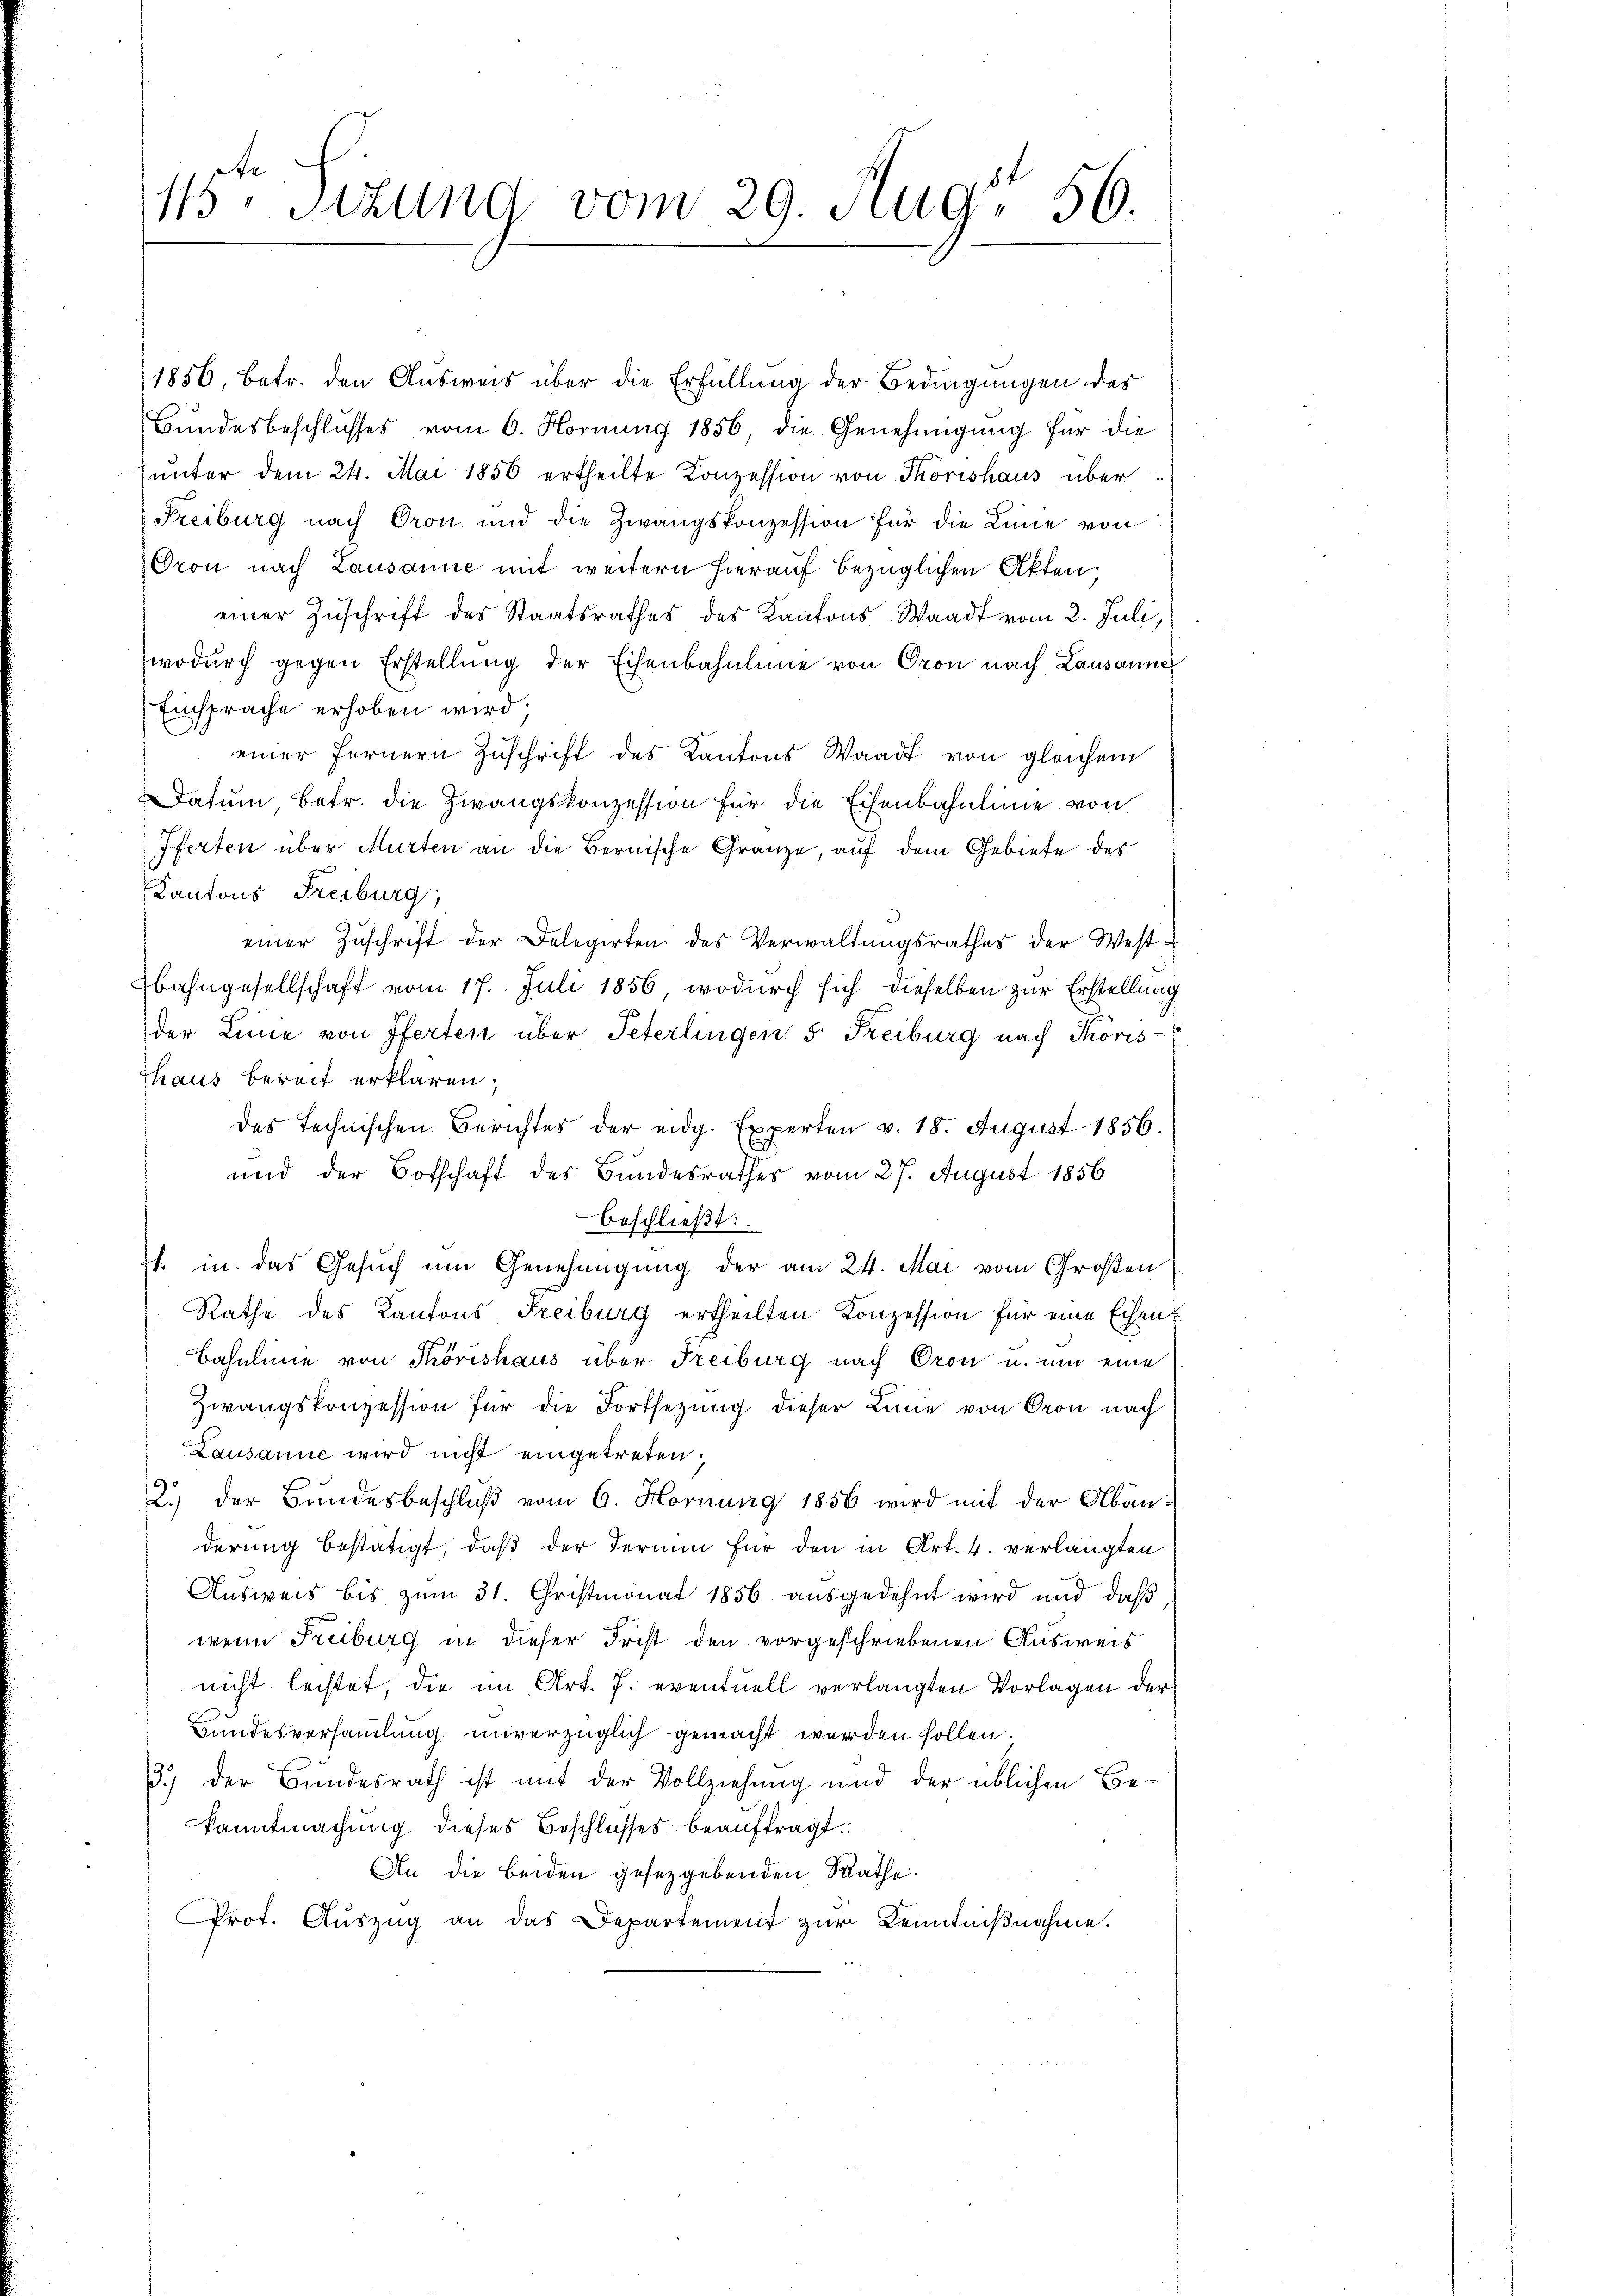
t.
115. Sitzung vom 29. Aug. 56.

1856, betr. den Ausweis über die Erfüllung der Bedingungen des
Bundesbeschlusses vom 6. Hornung 1856, die Genehmigung für die
ŭnter dem 24. Mai 1856 ertheilte Conzession von Thorishaus über
Freiburg nach Oron und die Zwangskonzession für die Linie von
Oron nach Lausanne mit weitern hierauf bezüglichen Akten,
einer Zuschrift des Staatsrathes des Kantons Waadt vom 2. Juli,
wodurch gegen Erstellung der Eisenbahnline von Oron nach Lausanner
Einsprache erhoben wird.
einer fernern Zŭschrift des Kantons Waadt von gleichem
Datum, betr. die Zwangskonzession für die Eisenbahnlinie von
Pferten über Murten an die Bernische Gränze, auf dem Gebiete des
Kantons Freiburg,
einer Zuschrift der Delegirten des Verwaltungsrathes der West-
Bahngesellschaft vom 17. Juli 1856, wodurch sich dieselben zur Erstellung
der Linie von Pferten über Peterlingen 5. Freiburg nach Thoris-
Thaus bereit erklären;
das technischen Berichtes der eidg. Experten v. 18. August 1856.
und der Botschaft des Bundesrathes vom 27. August 1856
beschließt:
1. in das Gesuch um Genehmigung der am 24. Mai vom Großen
Rathe des Kantons Freiburg ertheilten Konzession für eine Eisen-
Bahnlinie von Thörishaus über Freiburg nach Oron u. um eine
Zwangskonzession für die Fortsetzŭng dieser Linie von Gron nach
Lausanne wird nicht eingetreten;
2.) Der Bundesbeschluß vom 6. Hornung 1856 wird mit der Abänderung bestätigt, daß der Termin für den in Art. 4. verlangten
Ausweis bis zum 31. Christmonat 1856 ausgedehnt wird und daß
wenn Freiburg in dieser Frist den vorgeschriebenen Ausweis
nicht leistet, die im Art. 7. eventuell verlangten Vorlagen der
Bundesversammlung unverzüglich gemacht werden sollen.
3.) Der Bundesrath ist mit der Vollziehung und der üblichen Be-
kanntmachung dieses Beschlusses beauftragt.
An die beiden gesetzgebenden Rathe.
Prot. Aŭszŭg an das Departement zur Kenntnißnahme.